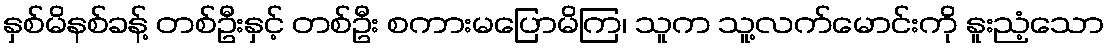
နှစ်မိနစ်ခန့် တစ်ဦးနှင့် တစ်ဦး စကားမပြောမိကြ၊ သူက သူ့လက်မောင်းကို နူးညံ့သော